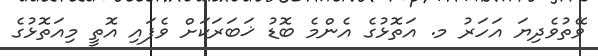
ވޭތުވެދިޔަ އަހަރު މ. އަތޮޅުގެ އެންމެ ބޮޑު ޚަބަރަކަށް ވެފައި އޮތީ މިއަތޮޅުގެ